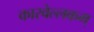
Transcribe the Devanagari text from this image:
कारवेल्लकम्‌